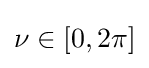
\nu \in [0,2\pi ]